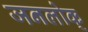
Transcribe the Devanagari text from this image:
जनलोक्